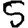
Digit: 5